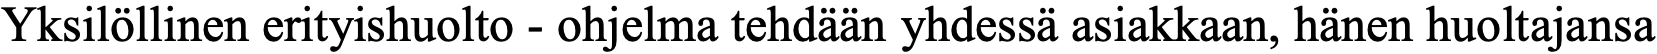
Yksilöllinen erityishuolto - ohjelma tehdään yhdessä asiakkaan, hänen huoltajansa